Insane asylums in Bengal annual reports 1876-1887 - 1876-1887
Year: 1876
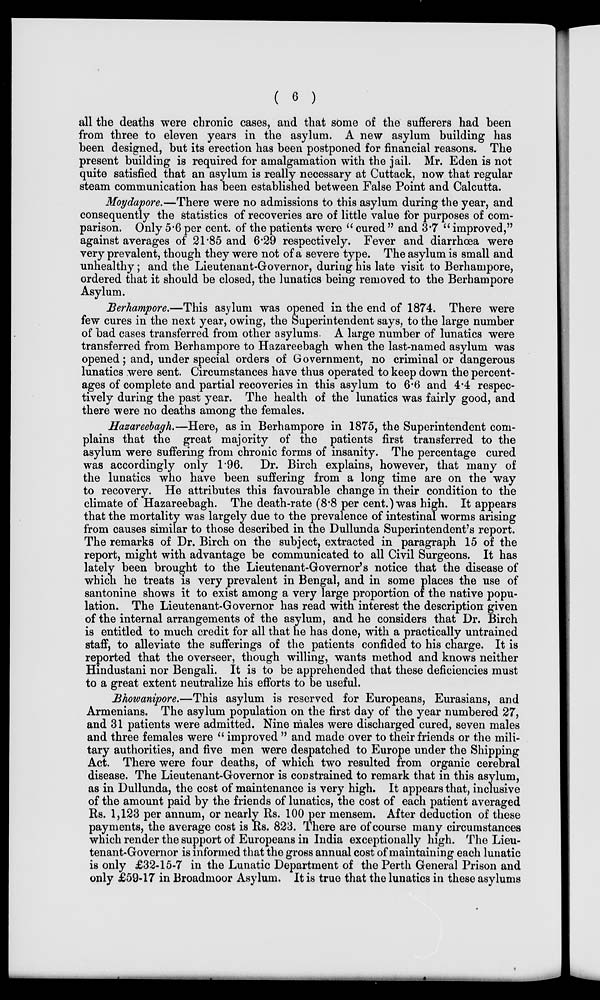
( 6 )
all the deaths were chronic cases, and that some of the sufferers had been
from three to eleven years in the asylum. A new asylum building has
been designed, but its erection has been postponed for financial reasons. The
present building is required for amalgamation with the jail. Mr. Eden is not
quite satisfied that an asylum is really necessary at Cuttack, now that regular
steam communication has been established between False Point and Calcutta.
Moydapore.—There were no admissions to this asylum during the year, and
consequently the statistics of recoveries are of little value for purposes of com-
parison. Only 5.6 per cent. of the patients were " cured " and 3.7 " improved,"
against averages of 21.85 and 6.29 respectively. Fever and diarrhœa were
very prevalent, though they were not of a severe type. The asylum is small and
unhealthy; and the Lieutenant-Governor, during his late visit to Berhampore,
ordered that it should be closed, the lunatics being removed to the Berhampore
Asylum.
Berhampore.—This asylum was opened in the end of 1874. There were
few cures in the next year, owing, the Superintendent says, to the large number
of bad cases transferred from other asylums. A large number of lunatics were
transferred from Berhampore to Hazareebagh when the last-named asylum was
opened; and, under special orders of Government, no criminal or dangerous
lunatics were sent. Circumstances have thus operated to keep down the percent-
ages of complete and partial recoveries in this asylum to 6.6 and 4.4 respec-
tively during the past year. The health of the lunatics was fairly good, and
there were no deaths among the females.
Hazareebagh.—Here, as in Berhampore in 1875, the Superintendent com-
plains that the great majority of the patients first transferred to the
asylum were suffering from chronic forms of insanity. The percentage cured
was accordingly only 1.96. Dr. Birch explains, however, that many of
the lunatics who have been suffering from a long time are on the way
to recovery. He attributes this favourable change in their condition to the
climate of Hazareebagh. The death-rate (8.8 per cent.) was high. It appears
that the mortality was largely due to the prevalence of intestinal worms arising
from causes similar to those described in the Dullunda Superintendent's report.
The remarks of Dr. Birch on the subject, extracted in paragraph 15 of the
report, might with advantage be communicated to all Civil Surgeons. It has
lately been brought to the Lieutenant-Governor's notice that the disease of
which he treats is very prevalent in Bengal, and in some places the use of
santonine shows it to exist among a very large proportion of the native popu-
lation. The Lieutenant-Governor has read with interest the description given
of the internal arrangements of the asylum, and he considers that Dr. Birch
is entitled to much credit for all that he has done, with a practically untrained
staff, to alleviate the sufferings of the patients confided to his charge. It is
reported that the overseer, though willing, wants method and knows neither
Hindustani nor Bengali. It is to be apprehended that these deficiencies must
to a great extent neutralize his efforts to be useful.
Bhowanipore.—This asylum is reserved for Europeans, Eurasians, and
Armenians. The asylum population on the first day of the year numbered 27,
and 31 patients were admitted. Nine males were discharged cured, seven males
and three females were " improved " and made over to their friends or the mili-
tary authorities, and five men were despatched to Europe under the Shipping
Act. There were four deaths, of which two resulted from organic cerebral
disease. The Lieutenant-Governor is constrained to remark that in this asylum,
as in Dullunda, the cost of maintenance is very high. It appears that, inclusive
of the amount paid by the friends of lunatics, the cost of each patient averaged
Rs. 1,123 per annum, or nearly Rs. 100 per mensem. After deduction of these
payments, the average cost is Rs. 823. There are of course many circumstances
which render the support of Europeans in India exceptionally high. The Lieu-
tenant-Governor is informed that the gross annual cost of maintaining each lunatic
is only £32-15-7 in the Lunatic Department of the Perth General Prison and
only £59-17 in Broadmoor Asylum. It is true that the lunatics in these asylums